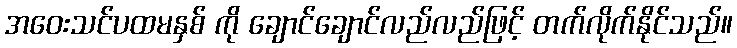
အဝေးသင်ပထမနှစ် ကို ချောင်ချောင်လည်လည်ဖြင့် တက်လိုက်နိုင်သည်။